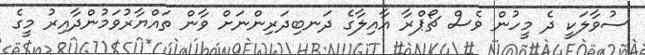
ސުވާލަކީ ދެ މީހުން ވެސް ޗޯޕްރާ އާއިލާގެ ދަނބިދަރިންނަށް ވާން ތައްޔާރުވަމުންދާއިރު މީގެ